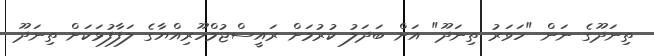
ތިނަދޫގެ ނަން "ހަވަރު ތިނަދޫ" އަށް ބަދަލު ކުރުމަށް ރައީސްޖުމްހޫރިއްޔާގެ ލަފާފުޅަކަށް ތިނަދޫ